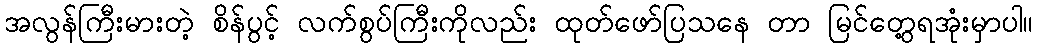
အလွန်ကြီးမားတဲ့ စိန်ပွင့် လက်စွပ်ကြီးကိုလည်း ထုတ်ဖော်ပြသနေ တာ မြင်တွေ့ရအုံးမှာပါ။